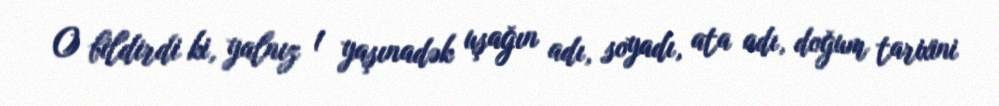
O bildirdi ki, yalnız 1 yaşınadək uşağın adı, soyadı, ata adı, doğum tarixini